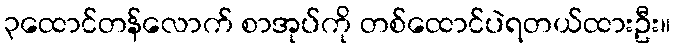
၃ထောင်တန်လောက် စာအုပ်ကို တစ်ထောင်ပဲရတယ်ထားဦး။